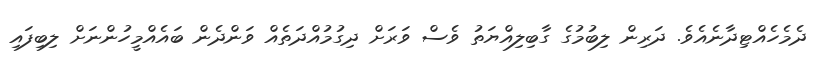
ދެމެހެއްޓިދާނެއެވެ. ދަރިން ލިބުމުގެ ގާބިލިއްޔަތު ވެސް ވަރަށް ދިގުމުއްދަތެއް ވަންދެން ބައެއްމީހުންނަށް ލިބިފައި